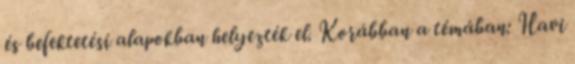
és befektetési alapokban helyezték el. Korábban a témában: Havi